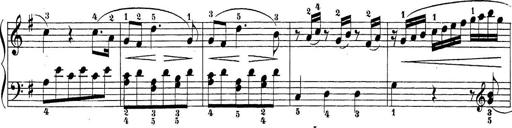
Title: Sonatina Album
Composer: Louis KÃ¶hler